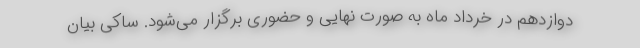
دوازدهم در خرداد ماه به صورت نهایی و حضوری برگزار می‌شود. ساکی بیان